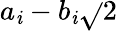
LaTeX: a_{\mathit{i}}-b_{\mathit{i}}{\sqrt{}{{2}}}